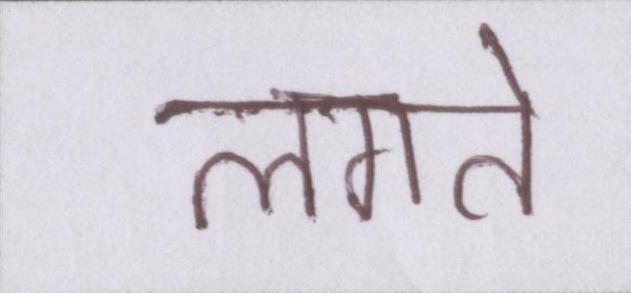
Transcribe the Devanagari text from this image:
लगते